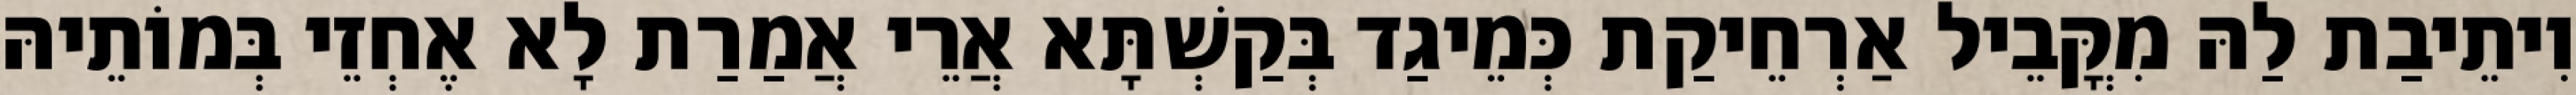
וִיתֵיבַת לַהּ מִקֳּבֵיל אַרְחֵיקַת כְּמֵיגַד בְּקַשְׁתָּא אֲרֵי אֲמַרַת לָא אֶחְזֵי בְּמוֹתֵיהּ